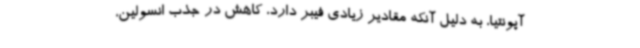
آپونتیا، به دلیل آنکه مقادیر زیادی فیبر دارد، کاهش در جذب انسولین،